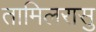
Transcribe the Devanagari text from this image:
तामिलरासु